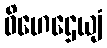
ဝိဟေဌေယျံ